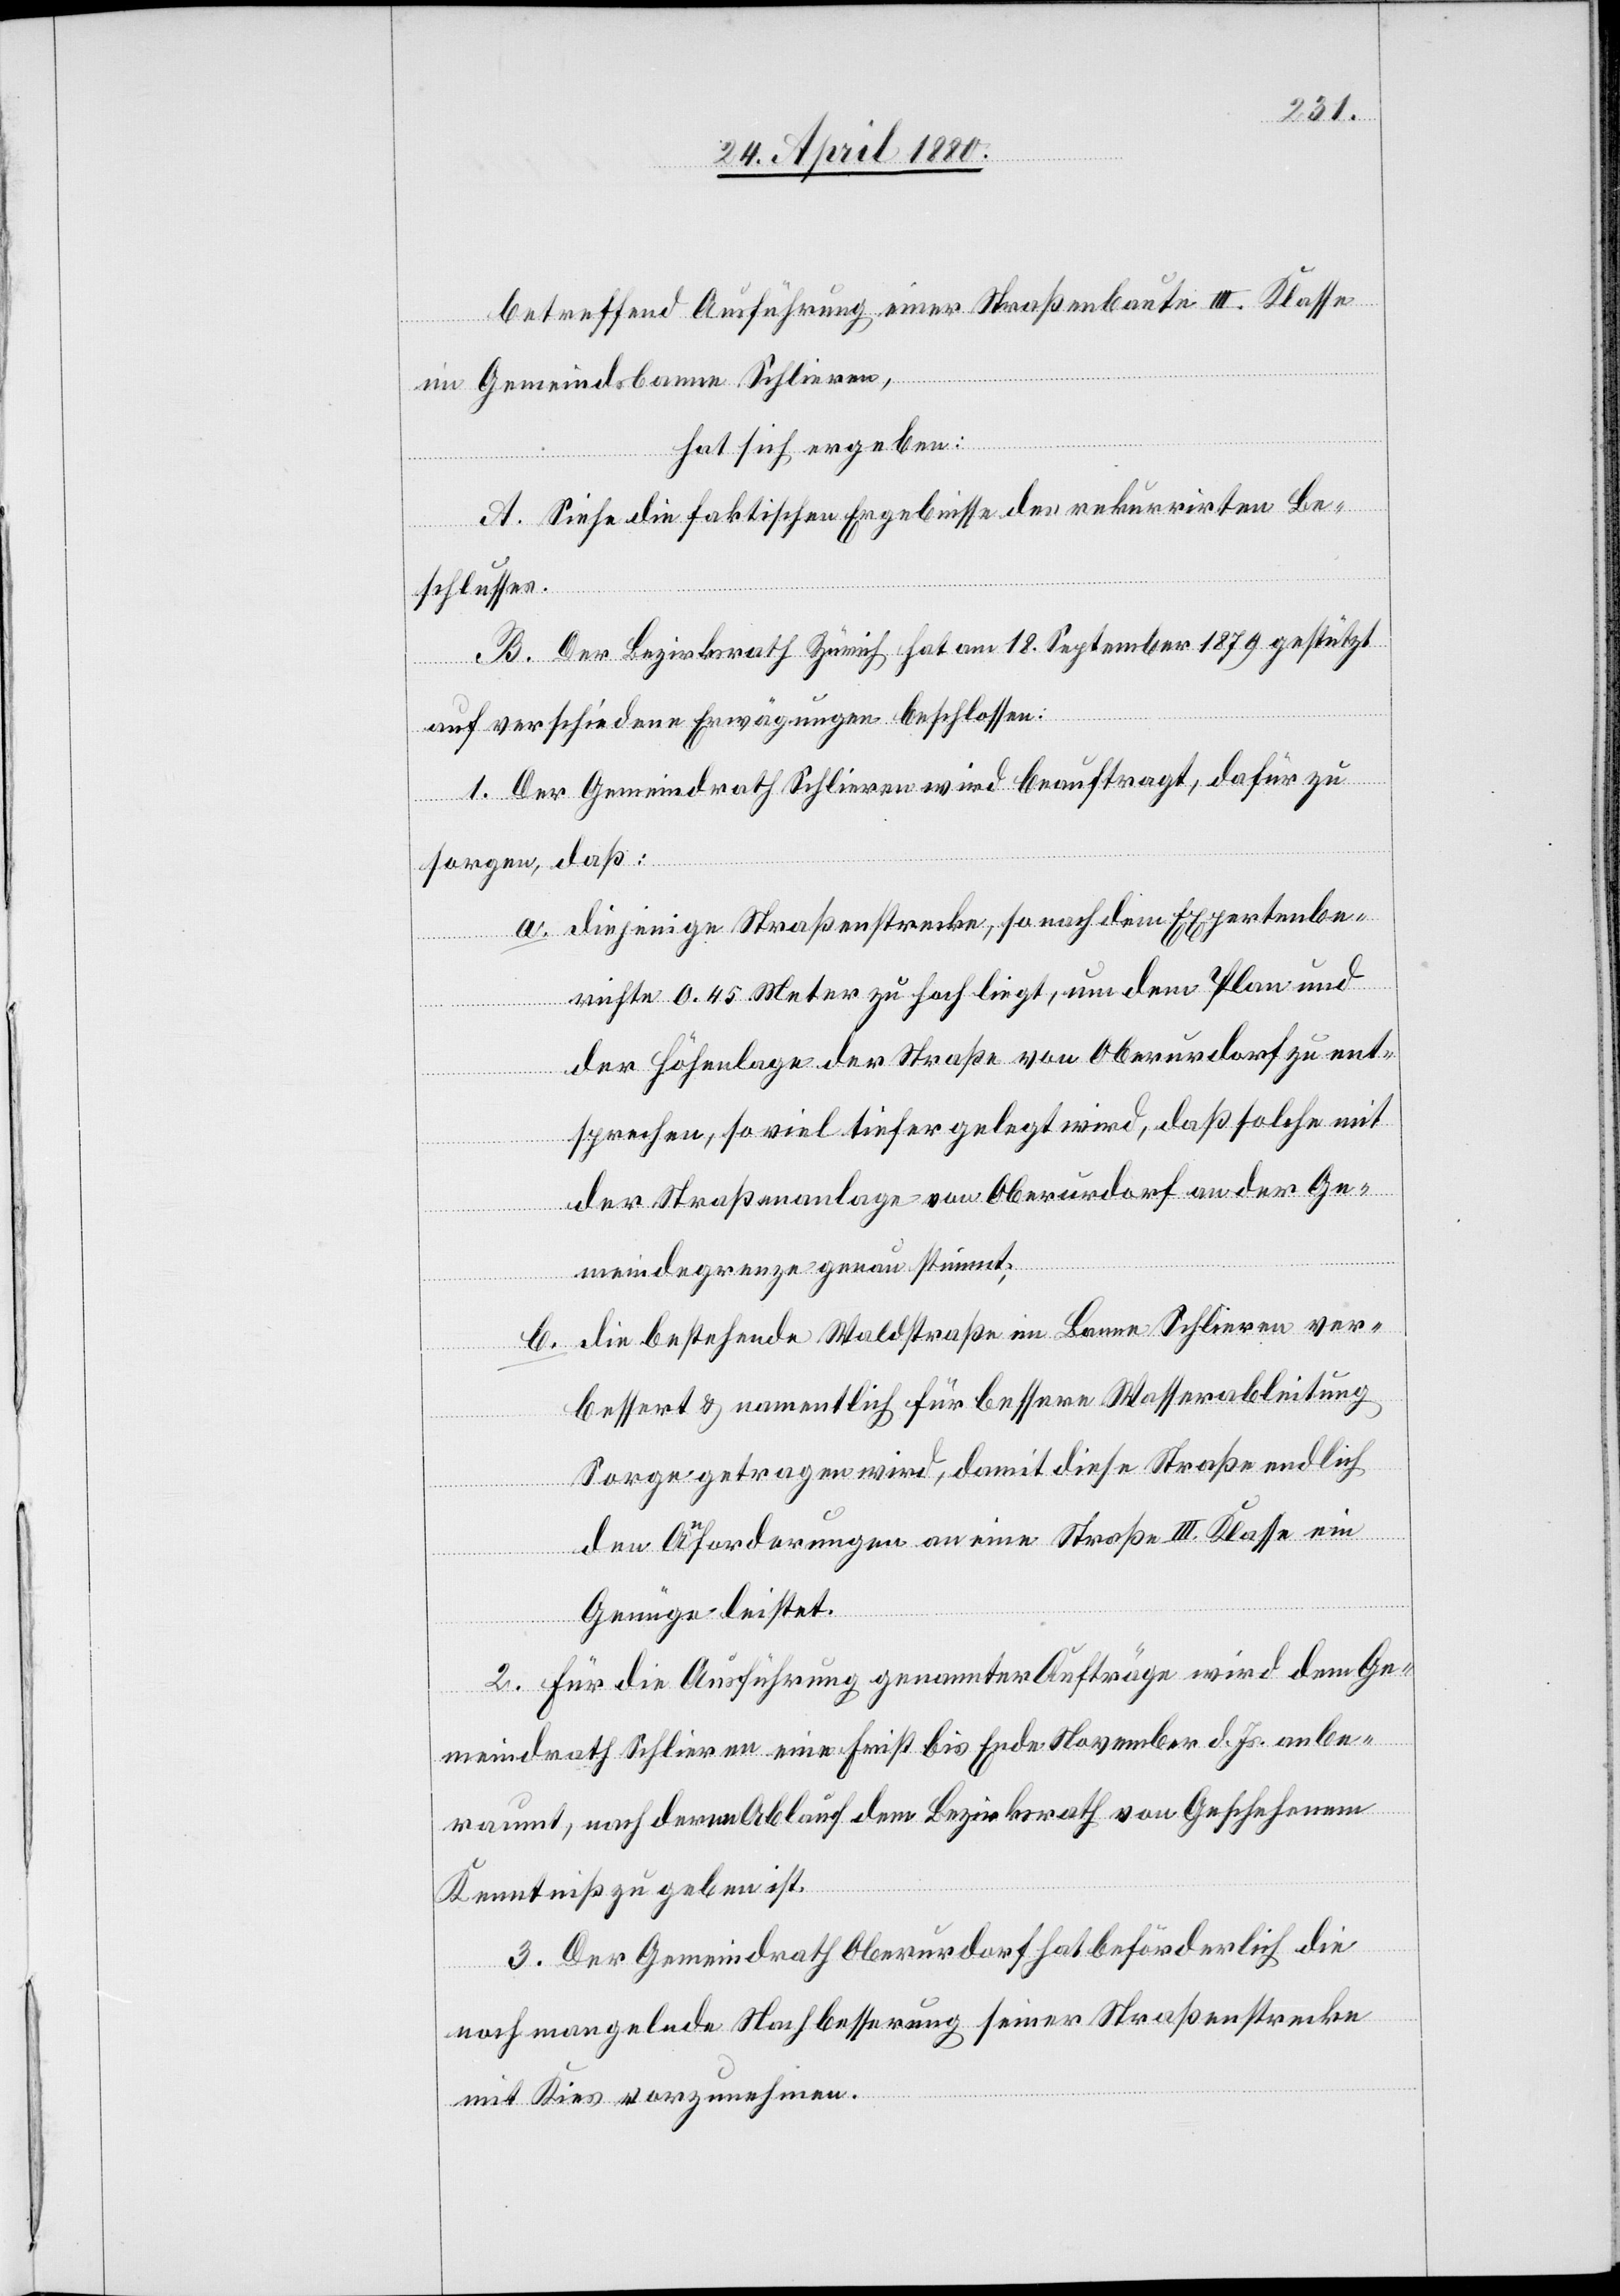
betreffend Ausführung einer Straßenbaute III. Klasse
b.
im Gemeindsbanne Schlieren,
hat sich ergeben:
A. Siehe die faktischen Ergebnisse des rekurrirten Be¬
schlusses.
B. Der Bezirksrath Zürich hat am 18. September 1879 gestützt
auf verschiedene Erwägungen beschlossen:
1. Der Gemeindrath Schlieren wird beauftragt, dafür zu
sorgen, daß:
a. diejenige Straßenstrecke, so nach dem Expertenbe¬
richte 0.45 Meter zu hoch liegt, um dem Plan und
der Höhenlage der Straße von Oberurdorf zu ent¬
sprechen, so viel tiefer gelegt wird, daß solche mit
der Straßenanlage von Oberurdorf an der Ge¬
meindegrenze genau stimmt;
die bestehende Waldstraße im Banne Schlieren ver¬
bessert & namentlich für bessere Wasserableitung
Sorge getragen wird, damit diese Straße endlich
den Anforderungen an eine Straße III. Klasse ein
Genüge leistet.
2. Für die Ausführung genannter Aufträge wird dem Ge¬
meindrath Schlieren eine Frist bis Ende November d. Js. anbe¬
raumt, nach deren Ablauf dem Bezirksrath von Geschehenem
Kenntniß zu geben ist.
3. Der Gemeindrath Oberurdorf hat beförderlich die
noch mangelnde Nachbesserung seiner Straßenstrecke
mit Kies vorzunehmen.